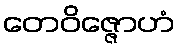
တေဝိဇ္ဇောဟံ